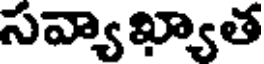
సవ్యాఖ్యాత